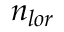
{ n } _ { l o r }